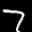
Label: 7